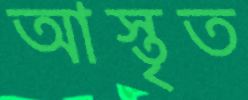
আস্তৃত